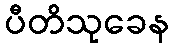
ပီတိသုခေန